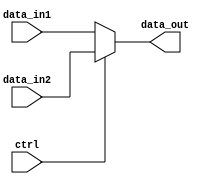
`timescale 1ns / 1ps
//////////////////////////////////////////////////////////////////////////////////
// Company: 
// Engineer: 
// 
// Design Name: 
// Module Name:    dataselect_32_bit 
// Project Name: 
// Target Devices: 
// Tool versions: 
// Description: 
//
// Dependencies: 
//
// Revision: 
// Revision 0.01 - File Created
// Additional Comments: 
//
//////////////////////////////////////////////////////////////////////////////////
module dataselect_32_bit(data_in1, data_in2, ctrl, data_out);
  input [31:0] data_in1, data_in2; //
  input ctrl; //
  output [31:0] data_out;
  assign data_out = (ctrl == 1'b0 ? data_in1 : data_in2);
endmodule